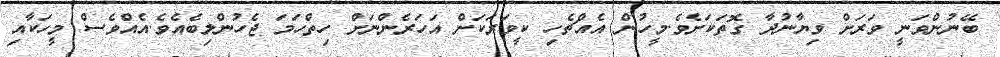
ބޭނުންވަނީ ވަރަށް ވިޔާނުދާ ގޮތަކަށެވެ.މީހުން އެއްޗެހި ކީވަރަކަށް އަހަރެންނަށް ހިތްހަމަ ޖެހުންލިބެއެވެ.އެއްވެސް މީހަކާއި